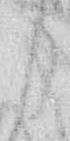
み